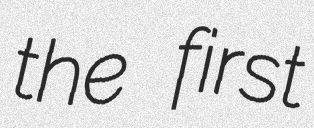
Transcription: the first